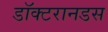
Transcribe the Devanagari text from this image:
डॉक्टरानडस